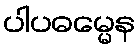
ပါပဓမ္မေန